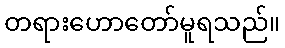
တရားဟောတော်မူရသည်။